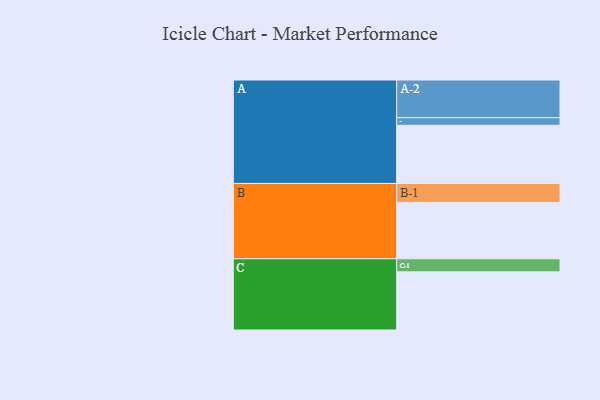
{"axis": {"x": "Segment", "y": "Value"}, "legend": ["", "A", "B", "C"], "data": [{"x": "A", "y": 444, "type": ""}, {"x": "B", "y": 430, "type": ""}, {"x": "C", "y": 444, "type": ""}, {"x": "A-1", "y": 58, "type": "A"}, {"x": "A-2", "y": 288, "type": "A"}, {"x": "B-1", "y": 145, "type": "B"}, {"x": "C-1", "y": 100, "type": "C"}]}